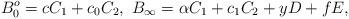
LaTeX: \begin{align*}B_{0}^{o} = c C_{1} + c_{0} C_{2},\ B_{\infty} = \alpha C_{1} + c_{1} C_{2} + y D + fE,\end{align*}